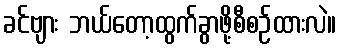
ခင်ဗျား ဘယ်တော့ထွက်ခွာဖို့စီစဉ်ထားလဲ။